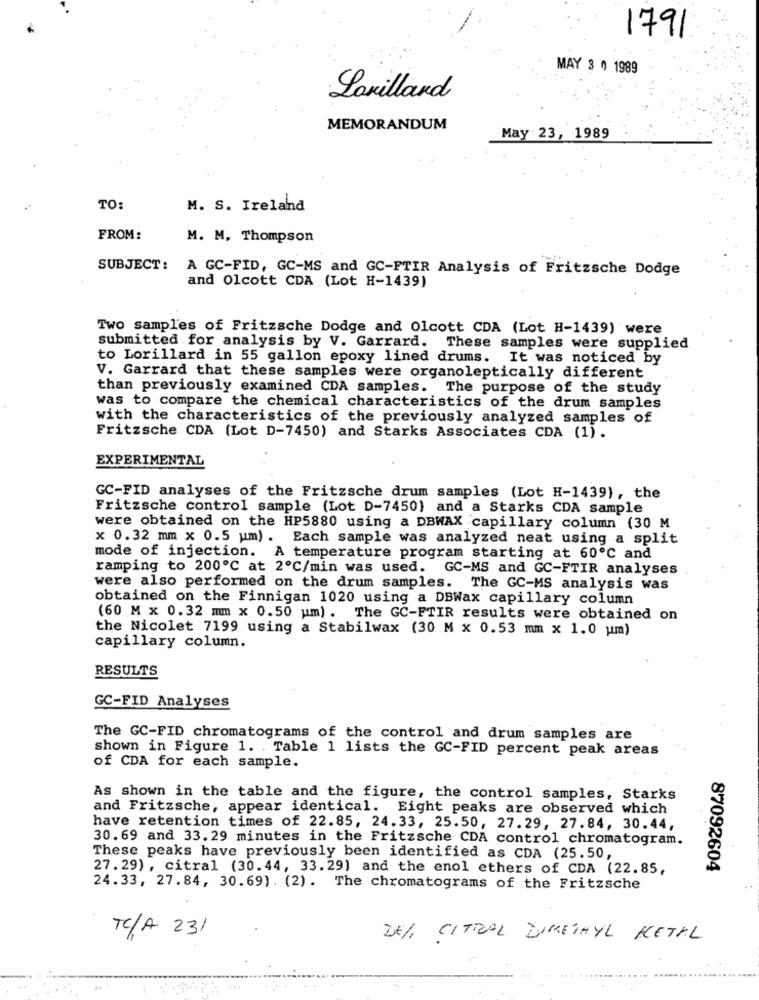
1791
MAY 3 0 1989
Lonillard
MEMORANDUM
May 23, 1989
TO:
M. S. Ireland
FROM:
M. M. Thompson
SUBJECT: A GC-FID, GC-MS and GC-FTIR Analysis of Fritzsche Dodge
and Olcott CDA (Lot H-1439)
Two samples of Fritzsche Dodge and Olcott CDA (Lot H-1439) were
submitted for analysis by V. Garrard. These samples were supplied
to Lorillard in 55 gallon epoxy lined drums. It was noticed by
V. Garrard that these samples were organoleptically different
than previously examined CDA samples. The purpose of the study
was to compare the chemical characteristics of the drum samples
with the characteristics of the previously analyzed samples of
Fritzsche CDA (Lot D-7450) and Starks Associates CDA (1).
EXPERIMENTAL
GC-FID analyses of the Fritzsche drum samples (Lot H-1439), the
Fritzsche control sample (Lot D-7450) and a Starks CDA sample
were obtained on the HP5880 using a DBWAX capillary column (30 M
x 0.32 mm x 0.5 um). Each sample was analyzed neat using a split
mode of injection. A temperature program starting at 60℃ and
ramping to 200℃ at 2ºC/min was used. GC-MS and GC-FTIR analyses
were also performed on the drum samples. The GC-MS analysis was
obtained on the Finnigan 1020 using a DBWax capillary column
(60 M x 0.32 mm x 0.50 um) . The GC-FTIR results were obtained on
the Nicolet 7199 using a Stabilwax (30 M x 0.53 mm x 1.0 um)
capillary column.
RESULTS
GC-FID Analyses
The GC-FID chromatograms of the control and drum samples are
shown in Figure 1. . Table 1 lists the GC-FID percent peak areas
of CDA for each sample.
As shown in the table and the figure, the control samples, Starks
and Fritzsche, appear identical. Eight peaks are observed which
have retention times of 22.85, 24.33, 25.50, 27.29, 27.84, 30.44,
30.69 and 33.29 minutes in the Fritzsche CDA control chromatogram.
These peaks have previously been identified as CDA (25.50
27. 29) , citral (30.44, 33.29) and the enol ethers of CDA (22.85,
87092604
24.33, 27.84, 30.69). (2). The chromatograms of the Fritzsche
TC/A 231
DEL, CITRAL DIMETHYL METAL